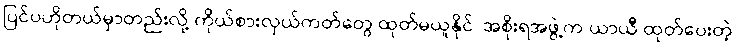
ပြင်ပဟိုတယ်မှာတည်းလို့ ကိုယ်စားလှယ်ကတ်တွေ ထုတ်မယူနိုင်၊ အစိုးရအဖွဲ့က ယာယီ ထုတ်ပေးတဲ့